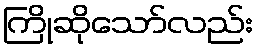
ကြိုဆိုသော်လည်း